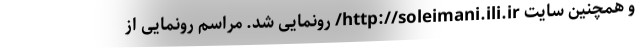
و همچنین سایت http://soleimani.ili.ir/ رونمایی شد. مراسم رونمایی از